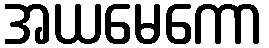
အယမေကော